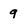
Character: 9